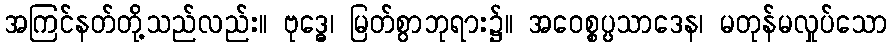
အကြင်နတ်တို့သည်လည်း။ ဗုဒ္ဓေ၊ မြတ်စွာဘုရား၌။ အဝေစ္စပ္ပသာဒေန၊ မတုန်မလှုပ်သော